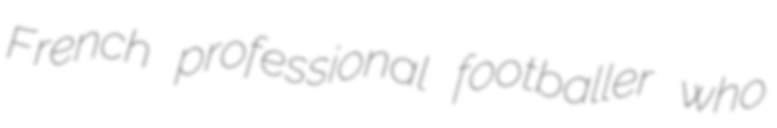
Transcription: French professional footballer who